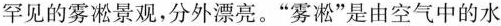
罕见的雾凇景观，分外漂亮。”雾凇”是由空气中的水